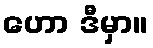
ဟော ဒီမှာ။